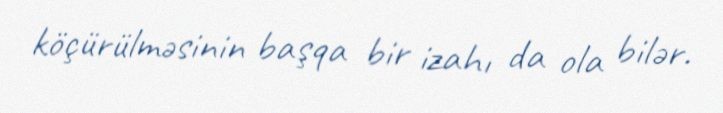
köçürülməsinin başqa bir izahı da ola bilər.